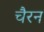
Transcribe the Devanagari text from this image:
चैरन